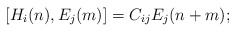
\begin{align*}[ H_{i}(n) , E_{j}(m) ] = C_{ij}E_{j}(n + m) ;\end{align*}